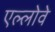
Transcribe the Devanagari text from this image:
एल्लोवे